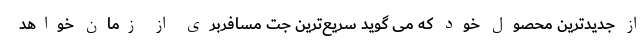
از جدیدترین محصول خود که می گوید سریع‌ترین جت مسافربری از زمان خواهد